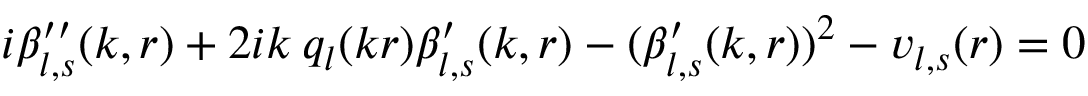
i \beta _ { l , s } ^ { \prime \prime } ( k , r ) + 2 i k \: q _ { l } ( k r ) \beta _ { l , s } ^ { \prime } ( k , r ) - ( \beta _ { l , s } ^ { \prime } ( k , r ) ) ^ { 2 } - v _ { l , s } ( r ) = 0